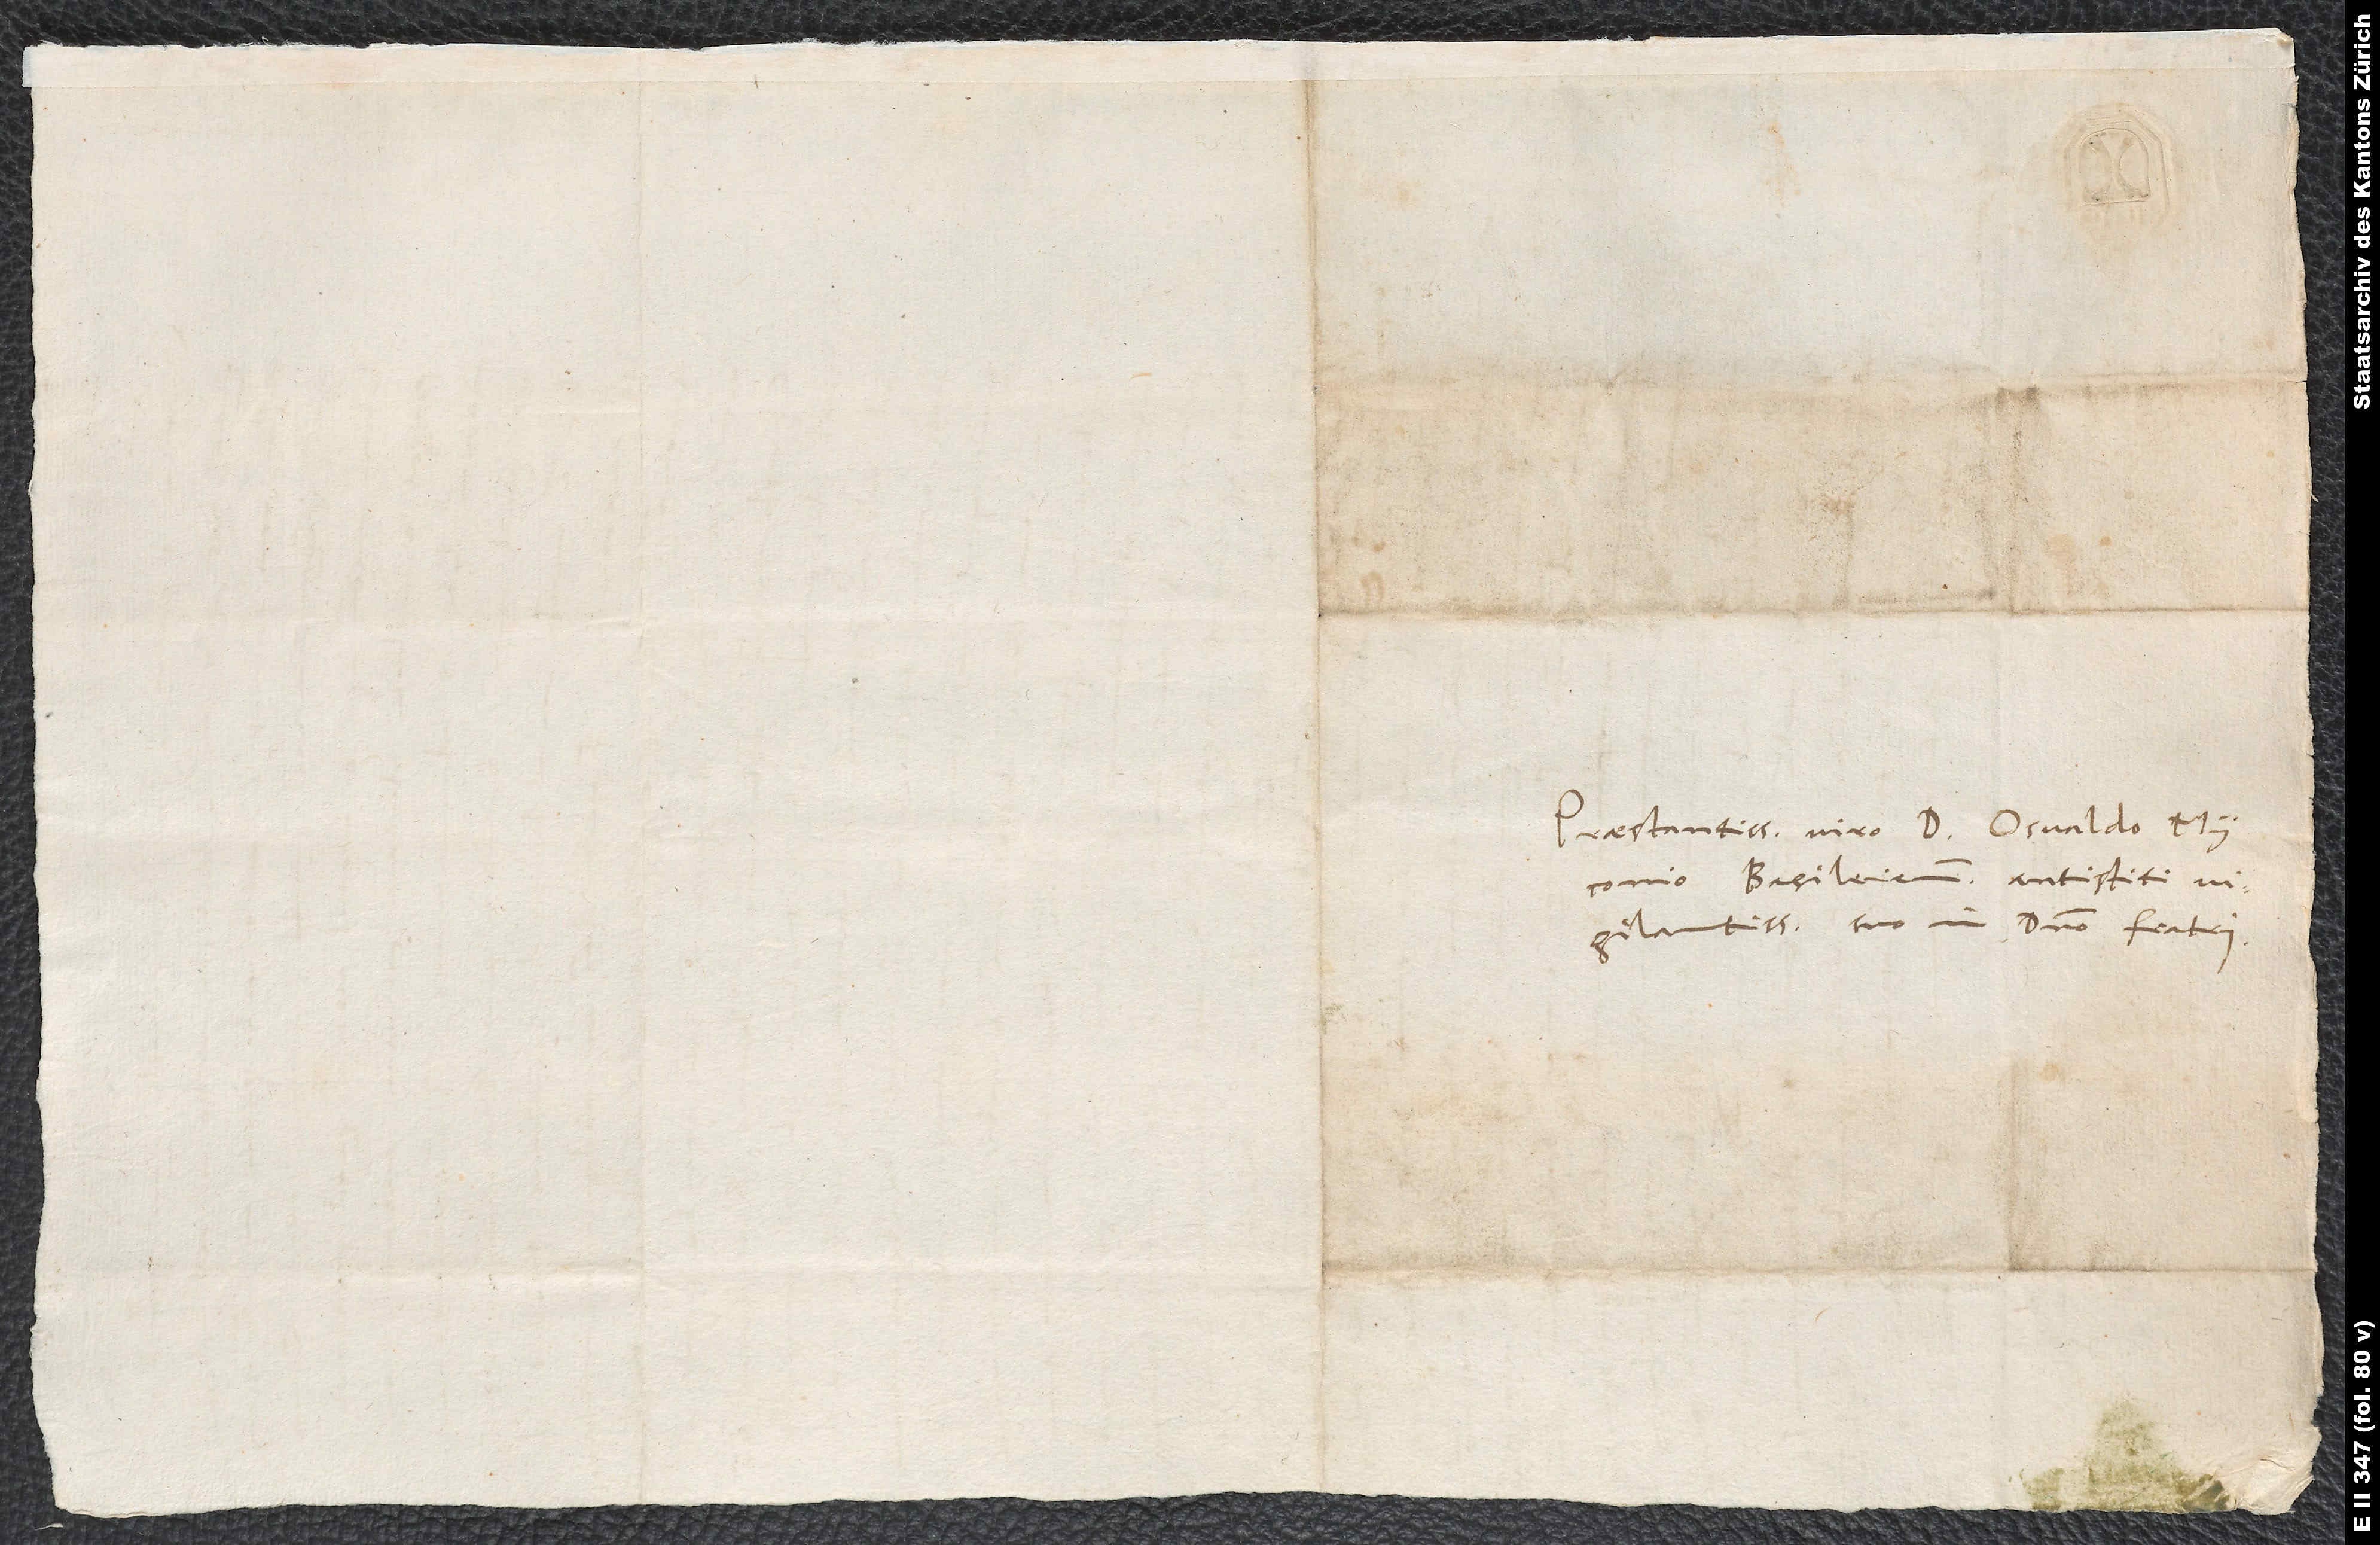
Praestantissimo viro d. Osvaldo Myconio,
Basileien antistiti
vigilantissimo, suo in domino fratri.